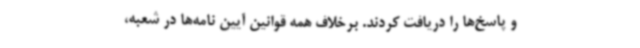
و پاسخ‌ها را دریافت کردند. برخلاف همه قوانین آیین نامه‌ها در شعبه،